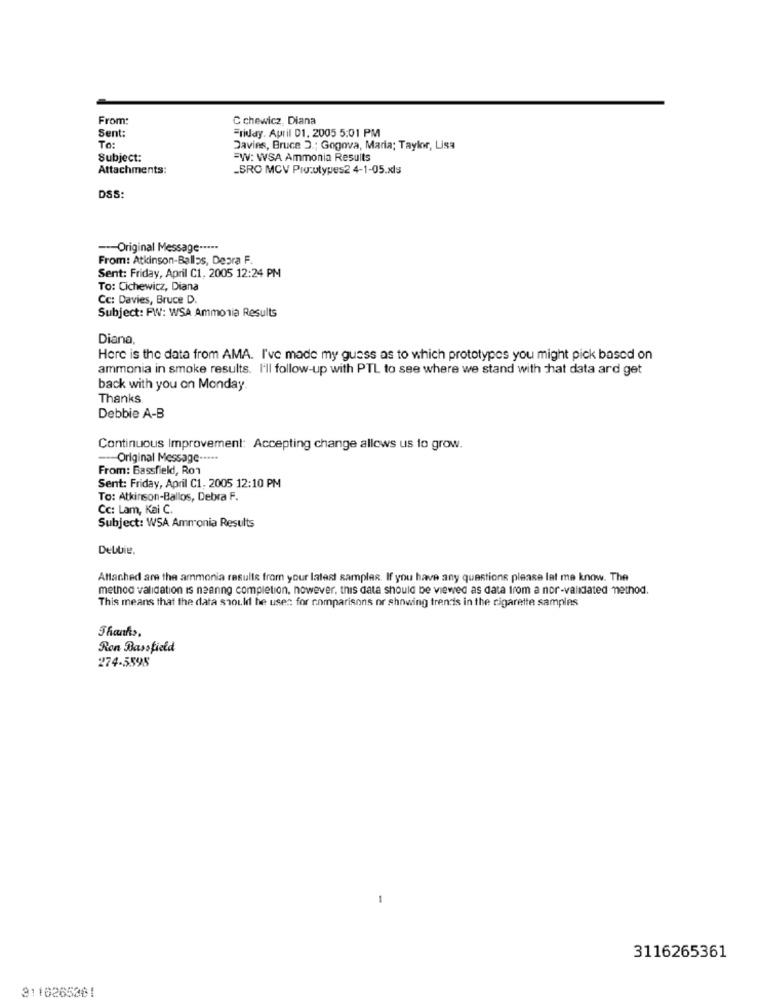
From:
C chewicz, Diana
Sent:
Friday. April 01. 2005 5:01 PM
To:
Davies, Bruce 3 .; Gogova, Maria; Taylor, Lisa
Subject:
=W: WSA Ammonia Results
Attachments:
_BRO MCV Prozutypes2 4-1-05.xls
DSS:
--- Original Message ·····
From: Atkinson-Ballss, Desra F
Sent: Friday, April C1, 2005 12:24 PM
To: Cichewicz, Diana
Cc: Davies, Bruce D.
Subject: FW: WSA Ammonia Results
Diana,
Here is the data from AMA. I've made my guess as to which prototypes you might pick based on
ammonia in smoke results. I'll follow-up with PTL to see where we stand with that data ard get
back with you on Monday
Thanks
Debbie A-B
Continuous Improvement: Accepting change allows us to grow.
--- Original Message -****
From: Bassfield, Ron
Sent: Friday, April C1, 2005 12:10 PM
To: Atkinson-Ballos, Debra F.
Cc: Lam, Kai C.
Subject: WSA Ammonia Results
Debbie.
Attached are the ammonia results from your latest samples. If you have any questions please let me know. The
method validation is neanno completion, however, this data should be viewed as data from a nor-validated method.
This means that the data should he uses for comparisons or showing trends in the cigarette samples
Thanks,
Ron Bassfield
274-5598
-
3116265361
3110265261